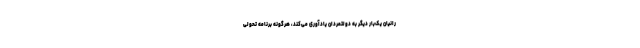
رانیان یک‌بار دیگر به دولتمردان یادآوری می‌کند، هرگونه برنامه تحولی